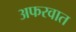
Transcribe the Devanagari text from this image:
अफरवात